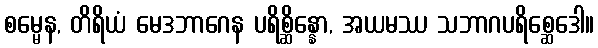
စမ္မေန, တိရိယံ မေဒဘာဂေန ပရိစ္ဆိန္နော, အယမဿ သဘာဂပရိစ္ဆေဒေါ။